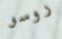
روسو